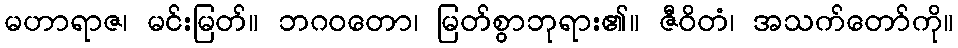
မဟာရာဇ၊ မင်းမြတ်။ ဘဂဝတော၊ မြတ်စွာဘုရား၏။ ဇီဝိတံ၊ အသက်တော်ကို။